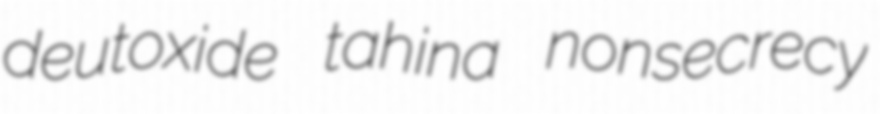
deutoxide tahina nonsecrecy